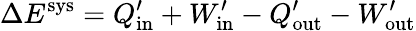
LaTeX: \Delta E^{\mathrm{sys}}=Q_{\mathrm{in}}^{\prime}+W_{\mathrm{in}}^{\prime}-Q_{\mathrm{out}}^{\prime}-W_{\mathrm{out}}^{\prime}